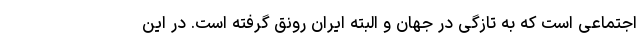
اجتماعی است که به تازگی در جهان و البته ایران رونق گرفته است. در این